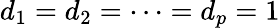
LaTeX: d_{1}=d_{2}=\cdots=d_{p}=1